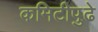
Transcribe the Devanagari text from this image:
कमिटीपुढे